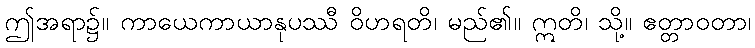
ဤအရာ၌။ ကာယေကာယာနုပဿီ ဝိဟရတိ၊ မည်၏။ ဣတိ၊ သို့။ ဧတ္တာဝတာ၊